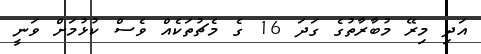
އަދި މިރޭ މުބާރާތުގެ ގަދަ 16 ގެ މެޗުތަކެއް ވެސް ކުޅުމަށް ވަނީ